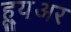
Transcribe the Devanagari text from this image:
ह्यू्अर